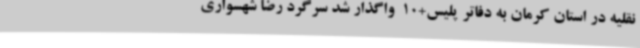
نقلیه در استان کرمان به دفاتر پلیس+10  واگذار شد سرگرد رضا شهسواری